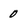
Character: 0